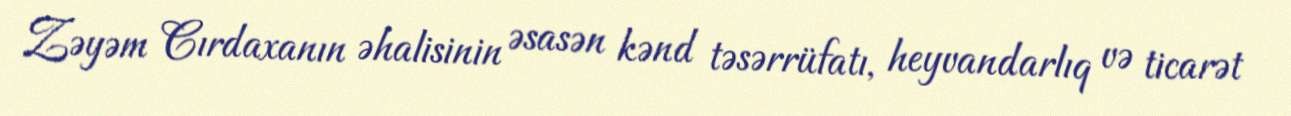
Zəyəm Cırdaxanın əhalisinin əsasən kənd təsərrüfatı, heyvandarlıq və ticarət